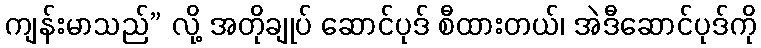
ကျန်းမာသည်” လို့ အတိုချုပ် ဆောင်ပုဒ် စီထားတယ်၊ အဲဒီဆောင်ပုဒ်ကို